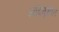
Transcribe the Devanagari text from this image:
आदिगृहीत